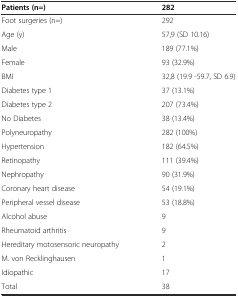
| Patients (n=) | 282 |
 | --- | --- |
 | Foot surgeries (n=) | 292 |
 | Age (y) | 57,9 (SD 10.16) |
 | Male | 189 (77.1%) |
 | Female | 93 (32.9%) |
 | BMI | 32,8 (19.9 -59.7, SD 6.9) |
 | Diabetes type 1 | 37 (13.1%) |
 | Diabetes type 2 | 207 (73.4%) |
 | No Diabetes | 38 (13.4%) |
 | Polyneuropathy | 282 (100%) |
 | Hypertension | 182 (64.5%) |
 | Retinopathy | 111 (39.4%) |
 | Nephropathy | 90 (31.9%) |
 | Coronary heart disease | 54 (19.1%) |
 | Peripheral vessel disease | 53 (18.8%) |
 | Alcohol abuse | 9 |
 | Rheumatoid arthritis | 9 |
 | Hereditary motosensoric neuropathy | 2 |
 | M. von Recklinghausen | 1 |
 | Idiopathic | 17 |
 | Total | 38 |